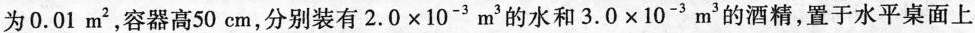
为0.01m^{2}，容器高50cm，分别装有$$2.0\times 10^{-3}m^{3}$$的水和$$3.0\times 10^{-3}m^{3}$$的酒精，置于水平桌面上